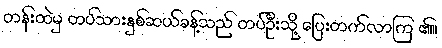
တန်းထဲမှ တပ်သားနှစ်ဆယ်ခန့်သည် တပ်ဦးသို့ ပြေးတက်လာကြ ၏။